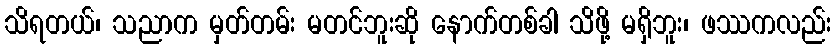
သိရတယ်၊ သညာက မှတ်တမ်း မတင်ဘူးဆို နောက်တစ်ခါ သိဖို့ မရှိဘူး၊ ဖဿကလည်း